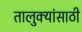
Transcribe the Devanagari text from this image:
तालुक्यांसाठी